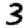
Digit: 3